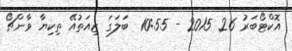
އޮކްޓޯބަރު 26